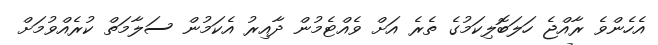
އެހެންވެ ރާއްޖެ ހަލަބޮލިކަމުގެ ތެރެ އަށް ވެއްޓެމުން ދާއިރު އެކަމުން ސަލާމަތް ކުރެއްވުމަށް